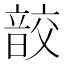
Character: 𩐟